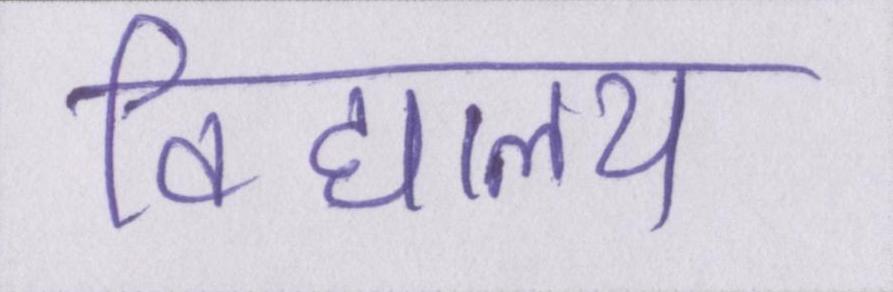
विद्यालय